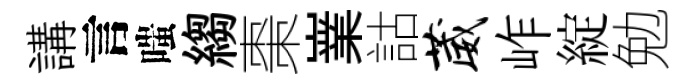
講言嗤縐棗嶪詁葳岞綻勉